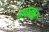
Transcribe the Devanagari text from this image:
बाघमार